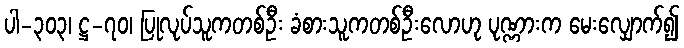
ပါ-၃၀၃၊ ဋ္ဌ-၇၀၊ ပြုလုပ်သူကတစ်ဦး ခံစားသူကတစ်ဦးလောဟု ပုဏ္ဏားက မေးလျှောက်၍